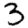
Digit: 3